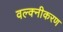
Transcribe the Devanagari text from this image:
वल्क्नीकरण